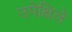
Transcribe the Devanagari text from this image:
उपेक्षिले